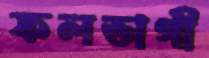
ফলভাগী